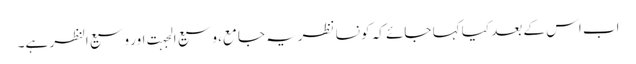
اب اس کے بعد کیا کہا جائے کہ کو نسا نظریہ جامع، وسیع الجہت اور وسیع النظر ہے۔